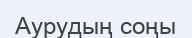
Аурудың соңы